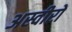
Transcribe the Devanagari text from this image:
अस्वीरों